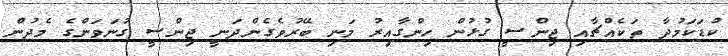
ކުޑަކަމުދާ ތަކެއްޗާއި ޖިންސީ ގުޅުން ހިންގާއިރު މަނި ބޭރުވެގެންދަނީ ޖިންސީ ގުނަވަންގެ މެދުން